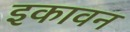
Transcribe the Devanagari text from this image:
इकावन